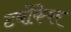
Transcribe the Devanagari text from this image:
टर्बोकेयर